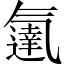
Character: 𬇓